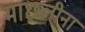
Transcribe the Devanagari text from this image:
माछलीना